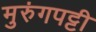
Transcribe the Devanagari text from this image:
मुरुंगपट्टी